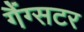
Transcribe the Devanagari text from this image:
गैंग्सटर